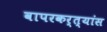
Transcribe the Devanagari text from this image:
वापरकर्त्यांस